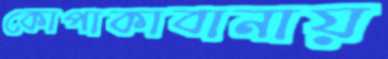
কোপাকাবানায়